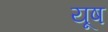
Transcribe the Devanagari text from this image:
यूष